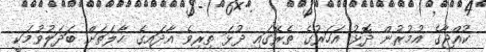
ކުއްޖާގެ އުމުރުން ދޮޅު އަހަރުގެ ތެރޭގައި ދުޅަ ތިރިވެ އާދައިގެ ޙާލަތަށް ބަދަލުވުމަކީ